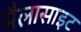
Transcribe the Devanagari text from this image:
मैलासाइट